Report of the Hyderabad Chloroform Commission
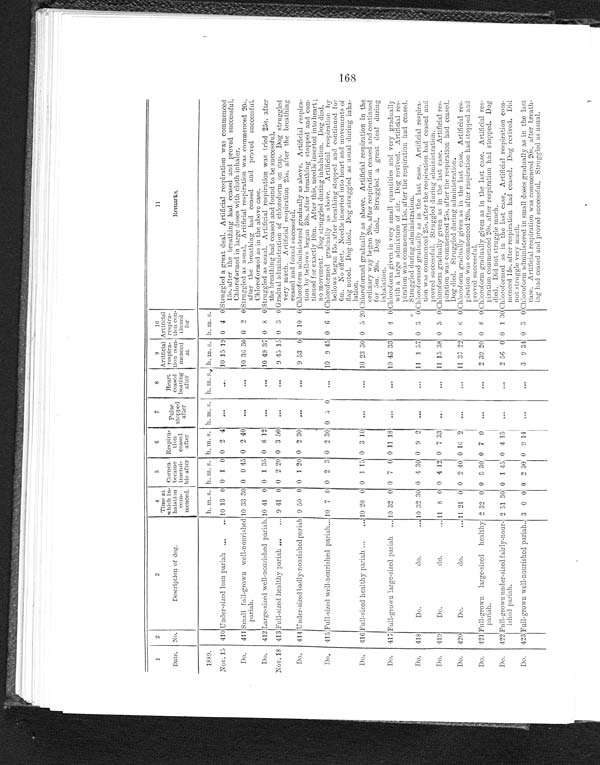
1
2
3
4
5
6
7
8
9
10
11
No.
Description of dog.
Time at
which in-
halation
com-
menced.
Cornea
became
insensi-
ble after
Respira-
tion
ceased
after
Pulse
stopped after
Heart
ceased
beating
after
Artificial
respira-
tion com-
menced
at
.Artificial
respira
-tion con-
tinued
for
Remarks.
Date.
1889.
h. m. s. h. m. s. h. m. s. h.
m m. s. h. m. s. h.m. s. h. m. s.
Nov. 15 410 Under-sized lean pariah . . .
10 13 0 0 1 0 0 2 4
. . .
. . .
10 15 19 0 4 0 Struggled a great deal. Artificial respiration was commenced
15s. after the breathing had ceased and proved successful.
Chloroformed in large doses with cloth inhaler.
Do.
411 Small full-grown well-nourished
pariah.
10 33 30 0 0 45 0 2 40
. . .
. . .
10 36 30 0 2 0 Struggled as usual. Artificial respiration was commenced 20s.
after the breathing had ceased and proved successful.
Chloroformed as in the above case.
Do.
412 Large-sized well-nourished pariah . . . 10 41 0 0 1 35 0 8 12
. . .
. . .
10 49 37 0 8 0 Struggled as usual. Artificial respiration was tried 25s. after
the breathing had ceased and found to be successful.
Nov. 18 413 Full-sized healthy pariah . . .
9 41 0 0 2 20 0 3 50
. . .
. . .
9 45 15 0 3 0 Gradual administration of chloroform on cap. Dog struggled
very much. Artificial respiration 25s. after the breathing
ceased and found successful.
Do.
414 Under-sized badly-nourished pariah 9 50 0 0 1 20 0 2 30
. . .
. . .
9 53 0 0 10 0 Chloroform administered gradually as above. Artificial respira
-
tion by bellows began 30s. after breathing stopped and con-
tinued for exactly 10m. After this, needle inserted into heart ;
no movement. Dog struggled during inhalation. Dog died.
Do.
415 Full-sized well-nourished pariah . . . 10 7 0 0 2 3 0 2 30 0 5 0
...
10 9 45 0 6 0 Chloroformed gradually as above.
Artificial respiration by
bellows began 15s. after breathing stopped and continued for
6m. No effect. Needle inserted into heart and movements of
flag noted. Dog died. Dog struggled as usual during inha-
lation
Do.
416 Full-sized healthy pariah . . .
10 20 0 0 1 15 0 3 10
. . .
. . .
10 23 30 0 5 20 Chloroformed gradually as above. Artificial respiration in the
ordinary way began 20s. after respiration ceased and continued
for 5m. 20s. Dog died. Struggled a great deal during
inhalation.
Do.
417 Full-grown large-sized pariah . . .
10 32 0 0 7 0 0 11 18
. . .
. . .
10 43 33 0 4 0 Chloroform given in very small quantities and very gradually
with a large admixture of air. Dog revived. Artificial res-
piration was commenced 15s. after the respiration had ceased.
Struggled during administration.
Do.
418
Do. do. . . .
10 32 30 0 4 30 0 9 2
. . .
. . .
11 1 57 0 3 0 Chloroformed gradually as in the last case. Artificial respira-
tion was commenced 25s. after the respiration had ceased and
proved successful. Struggled during administration.
Do.
419
Do. do. . . .
11 8 0 0 4 12 0 7 33
. . .
. . .
11 15 38 0 5 0 Chloroform gradually given as in the last case. Artificial res-
piration was commenced 25s. after the respiration had ceased.
Dog died. Struggled during administration.
Do.
420
Do. do. . . .
11 21 0 0 2 40 0 16 2
. . .
. . .
11 37 22 0 6 0 Chloroform gradually given as in the last case. Artificial res-
piration was commenced 20s. after respiration had stopped and
proved successful.
Do.
421 Full-grown large-sized healthy
pariah.
2 32 0 0 5 30 0 7 0
. . .
. . .
2 39 20 0 8 0 Chlorof orm gradually given as in the last case. Artificial res-
piration commenced 20s. after respiration had stopped. Dog
died. Did not struggle much.
Do.
422 Full-grown under-sized fairly-nour-
ished pariah.
2 51 30 0 1 45 0 4 15
. . .
. . .
2 56 0 0 1 30 Chloroformed as in the last case. Artificial respiration com-
menced 15s. after respiration had ceased. Dog revived. Did
not struggle very much.
Do.
423 Full-grown well-nourished pariah . . . 3 0 0 0 2 30 0 9
14
. . .
. . .
3 9 34 0 3 0 Chloroform administered in small doses gradually as in the last
case. Artificial respiration was commenced 20s. after breath-
ing had ceased and proved successful. Struggled as usual.
I-••••
C5"
C/D